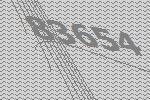
83654